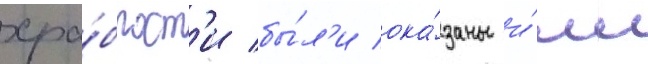
хра́брост'и бы́л'и ока́заны и́м